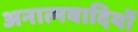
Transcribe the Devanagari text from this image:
अनात्मवादियों